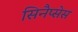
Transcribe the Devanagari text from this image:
सिनैप्सेस